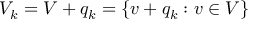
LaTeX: V _ { k } = V + q _ { k } = \{ v + q _ { k } : v \in V \}